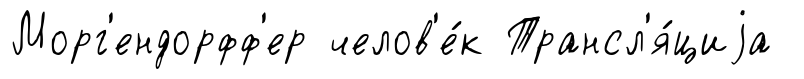
Морг'ендорфф'ер челов'е́к Трансл'я́циjа